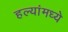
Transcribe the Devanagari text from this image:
हल्यांमध्ये